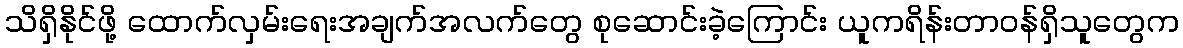
သိရှိနိုင်ဖို့ ထောက်လှမ်းရေးအချက်အလက်တွေ စုဆောင်းခဲ့ကြောင်း ယူကရိန်းတာဝန်ရှိသူတွေက